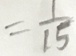
= \frac { 1 } { 1 5 }